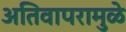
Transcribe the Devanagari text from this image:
अतिवापरामुळे